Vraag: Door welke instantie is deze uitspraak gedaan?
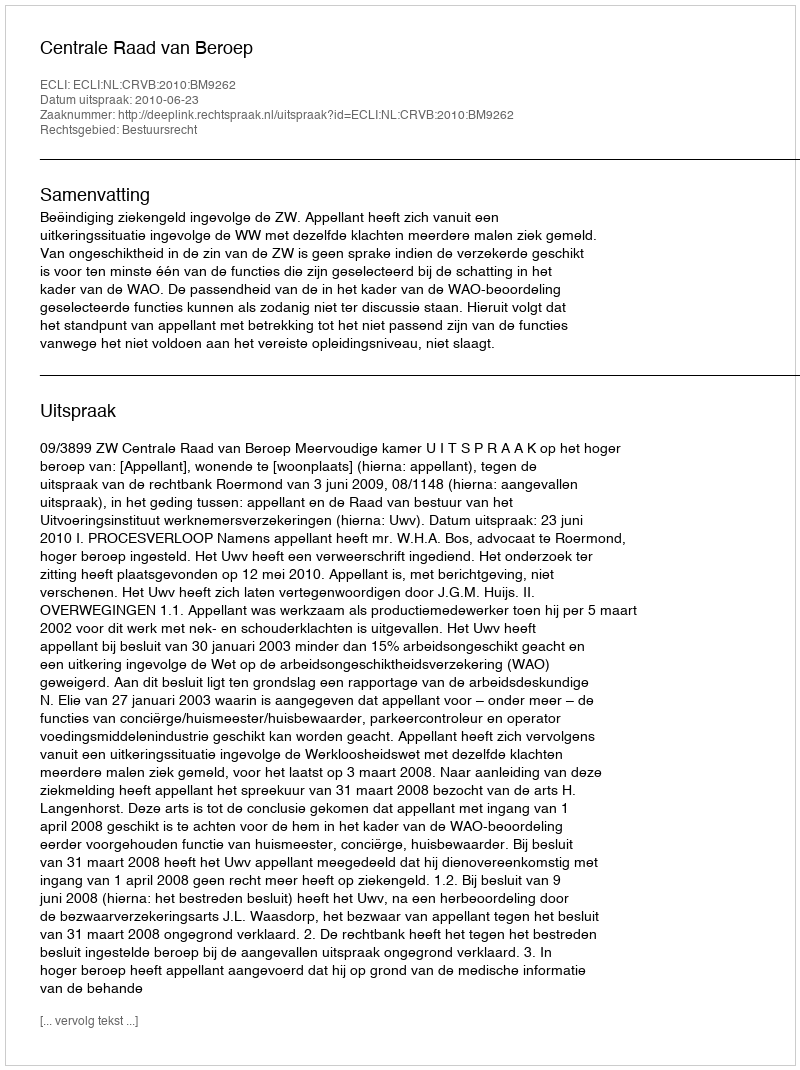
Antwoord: Centrale Raad van Beroep